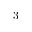
3